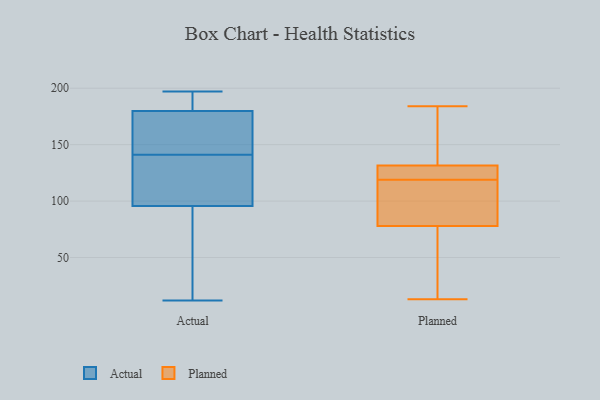
{"axis": {"x": "Production Output", "y": "Value"}, "legend": ["Actual", "Planned"], "data": [{"x": "", "y": 144, "type": "Actual"}, {"x": "", "y": 182, "type": "Actual"}, {"x": "", "y": 175, "type": "Actual"}, {"x": "", "y": 197, "type": "Actual"}, {"x": "", "y": 156, "type": "Actual"}, {"x": "", "y": 133, "type": "Actual"}, {"x": "", "y": 36, "type": "Actual"}, {"x": "", "y": 141, "type": "Actual"}, {"x": "", "y": 194, "type": "Actual"}, {"x": "", "y": 95, "type": "Actual"}, {"x": "", "y": 12, "type": "Actual"}, {"x": "", "y": 183, "type": "Actual"}, {"x": "", "y": 122, "type": "Actual"}, {"x": "", "y": 111, "type": "Actual"}, {"x": "", "y": 21, "type": "Actual"}, {"x": "", "y": 96, "type": "Actual"}, {"x": "", "y": 179, "type": "Actual"}, {"x": "", "y": 124, "type": "Planned"}, {"x": "", "y": 123, "type": "Planned"}, {"x": "", "y": 108, "type": "Planned"}, {"x": "", "y": 13, "type": "Planned"}, {"x": "", "y": 184, "type": "Planned"}, {"x": "", "y": 137, "type": "Planned"}, {"x": "", "y": 100, "type": "Planned"}, {"x": "", "y": 113, "type": "Planned"}, {"x": "", "y": 126, "type": "Planned"}, {"x": "", "y": 53, "type": "Planned"}, {"x": "", "y": 167, "type": "Planned"}, {"x": "", "y": 56, "type": "Planned"}, {"x": "", "y": 123, "type": "Planned"}, {"x": "", "y": 153, "type": "Planned"}, {"x": "", "y": 115, "type": "Planned"}, {"x": "", "y": 16, "type": "Planned"}]}